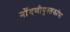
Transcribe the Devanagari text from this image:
नोंदणीपुस्तकांचा